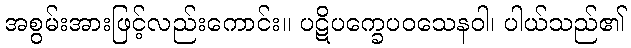
အစွမ်းအားဖြင့်လည်းကောင်း။ ပဋိပက္ခေပဝသေနဝါ၊ ပါယ်သည်၏